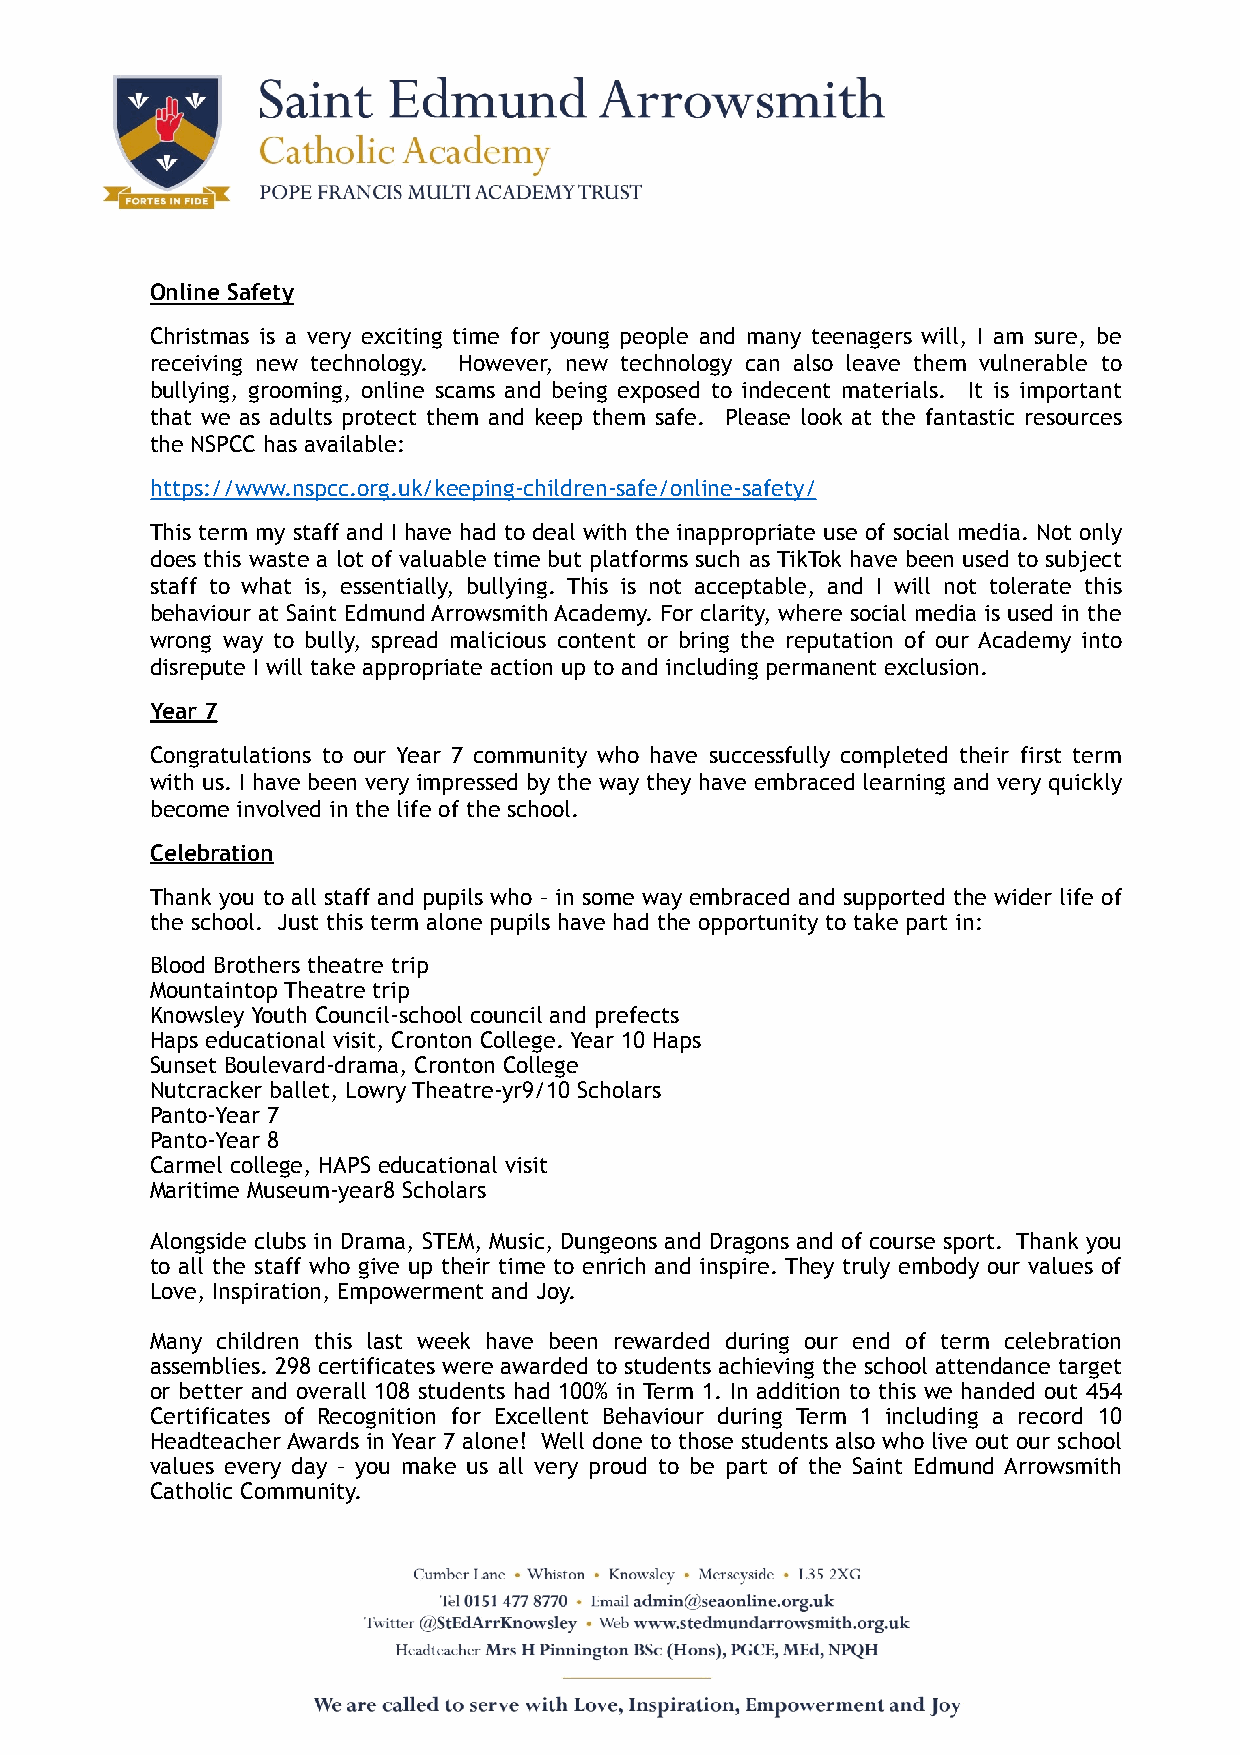
Online Safety
 Christmas is a very exciting time for young people and many teenagers will, I am sure, be
 receiving new technology. However, new technology can also leave them vulnerable to
 bullying, grooming, online scams and being exposed to indecent materials. It is important
 that we as adults protect them and keep them safe. Please look at the fantastic resources
 the NSPCC has available:
 https://www.nspcc.org.uk/keeping-children-safe/online-safety/
 This term my staff and I have had to deal with the inappropriate use of social media. Not only
 does this waste a lot of valuable time but platforms such as TikTok have been used to subject
 staff to what is, essentially, bullying. This is not acceptable, and I will not tolerate this
 behaviour at Saint Edmund Arrowsmith Academy. For clarity, where social media is used in the
 wrong way to bully, spread malicious content or bring the reputation of our Academy into
 disrepute I will take appropriate action up to and including permanent exclusion.
 Year 7
 Congratulations to our Year 7 community who have successfully completed their first term
 with us. I have been very impressed by the way they have embraced learning and very quickly
 become involved in the life of the school.
 Celebration
 Thank you to all staff and pupils who – in some way embraced and supported the wider life of
 the school. Just this term alone pupils have had the opportunity to take part in:
 Blood Brothers theatre trip
 Mountaintop Theatre trip
 Knowsley Youth Council-school council and prefects
 Haps educational visit, Cronton College. Year 10 Haps
 Sunset Boulevard-drama, Cronton College
 Nutcracker ballet, Lowry Theatre-yr9/10 Scholars
 Panto-Year 7
 Panto-Year 8
 Carmel college, HAPS educational visit
 Maritime Museum-year8 Scholars
 Alongside clubs in Drama, STEM, Music, Dungeons and Dragons and of course sport. Thank you
 to all the staff who give up their time to enrich and inspire. They truly embody our values of
 Love, Inspiration, Empowerment and Joy.
 Many children this last week have been rewarded during our end of term celebration
 assemblies. 298 certificates were awarded to students achieving the school attendance target
 or better and overall 108 students had 100% in Term 1. In addition to this we handed out 454
 Certificates of Recognition for Excellent Behaviour during Term 1 including a record 10
 Headteacher Awards in Year 7 alone! Well done to those students also who live out our school
 values every day – you make us all very proud to be part of the Saint Edmund Arrowsmith
 Catholic Community.